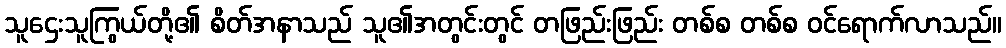
သူဌေးသူကြွယ်တို့၏ စိတ်အနာသည် သူ၏အတွင်းတွင် တဖြည်းဖြည်း တစ်စ တစ်စ ဝင်ရောက်လာသည်။